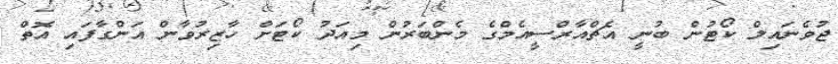
ޖުވެނައިލް ކޯޓުން ބުނީ އެޗްއާރްސީއެމްގެ މެންބަރުން މިއަދު ކޯޓަށް ހާޒިރުވާން އަންގާފައި އޮތް